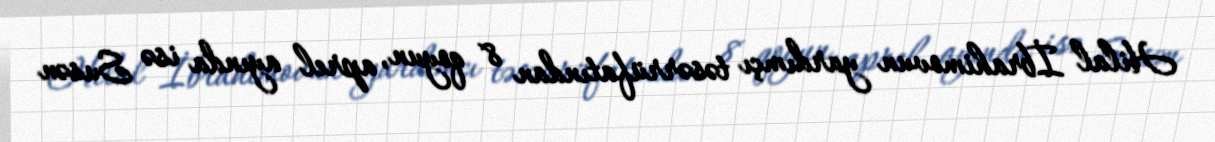
Hilal İbrahimovun yardımçı təsərrüfatından 8 qoyun, aprel ayında isə Susən